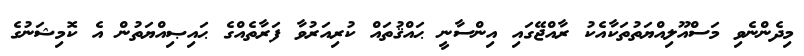
މިދެންނެވި މަސްއޫލިއްޔަތުތަކާއެކު ރާއްޖޭގައި އިންސާނީ ޙައްޤުތައް ކުރިއަރުވާ ފަރާތެއްގެ ޙައިޞިއްޔަތުން އެ ކޮމިޝަނުގެ